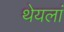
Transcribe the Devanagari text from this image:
थेयलां